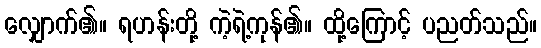
လျှောက်၏။ ရဟန်းတို့ ကဲ့ရဲ့ကုန်၏။ ထို့ကြောင့် ပညတ်သည်။